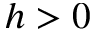
h > 0